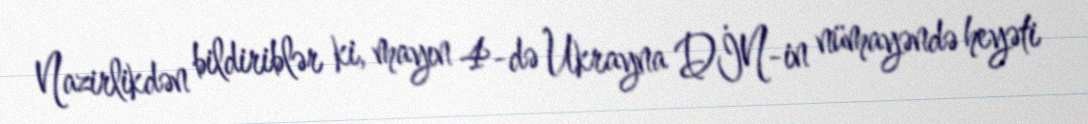
Nazirlikdən bildiriblər ki, mayın 4-də Ukrayna DİN-in nümayəndə heyəti